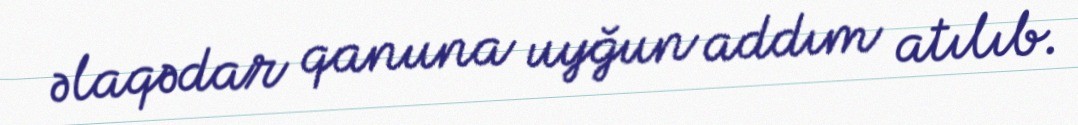
əlaqədar qanuna uyğun addım atılıb.